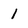
Character: 1